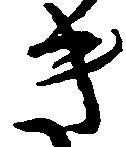
き